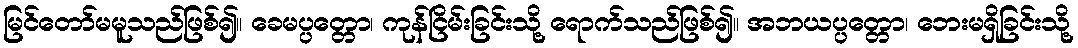
မြင်တော်မမူသည်ဖြစ်၍။ ခေမပ္ပတ္တော၊ ကုန်ငြိမ်းခြင်းသို့ ရောက်သည်ဖြစ်၍။ အဘယပ္ပတ္တော၊ ဘေးမရှိခြင်းသို့